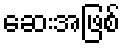
ဆေးအဖြစ်